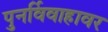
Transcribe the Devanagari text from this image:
पुनर्विवाहावर